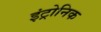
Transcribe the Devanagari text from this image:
इंट्रोनिक